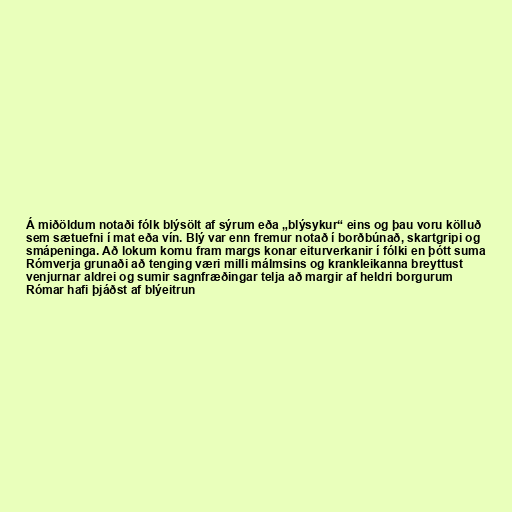
Á miðöldum notaði fólk blýsölt af sýrum eða „blýsykur“ eins og þau voru kölluð
sem sætuefni í mat eða vín. Blý var enn fremur notað í borðbúnað, skartgripi og
smápeninga. Að lokum komu fram margs konar eiturverkanir í fólki en þótt suma
Rómverja grunaði að tenging væri milli málmsins og krankleikanna breyttust
venjurnar aldrei og sumir sagnfræðingar telja að margir af heldri borgurum
Rómar hafi þjáðst af blýeitrun